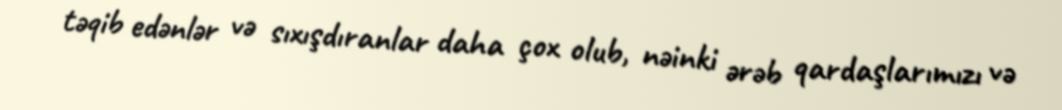
təqib edənlər və sıxışdıranlar daha çox olub, nəinki ərəb qardaşlarımızı və